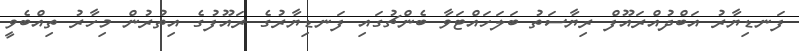
ފަނޑިޔާރު އަބްދުއްރައޫފް ރިޔާސަތު ބަލަހައްޓަވާ ބެންޗުގައި ފަނޑިޔާރުގެ ރައޫފުގެ އިތުރުން މިހާރު ތިއްބެވީ